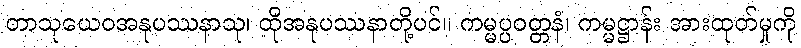
တာသုယေဝအနုပဿနာသု၊ ထိုအနုပဿနာတို့ပင်။ ကမ္မပ္ပဝတ္တနံ၊ ကမ္မဋ္ဌာန်း အားထုတ်မှုကို